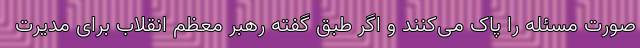
صورت مسئله را پاک می‌کنند و اگر طبق گفته رهبر معظم انقلاب برای مدیرت